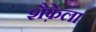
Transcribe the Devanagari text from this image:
शैफ़ेला